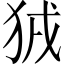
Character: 狨